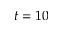
t = 1 0